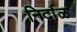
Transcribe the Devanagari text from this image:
निर्दाळ